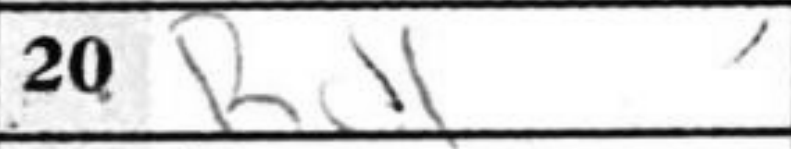
Transcription: Rd1